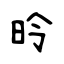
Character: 昤